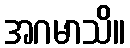
အဂမာသိ။